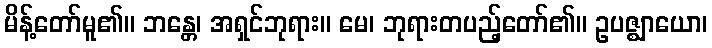
မိန့်တော်မူ၏။ ဘန္တေ၊ အရှင်ဘုရား။ မေ၊ ဘုရားတပည့်တော်၏။ ဥပဇ္ဈာယော၊